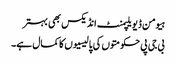
ہیومن ڈیویلپمنٹ انڈیکس بھی بہتر
بی جی پی حکومتوں کی پالیسیوں کا کمال ہے۔